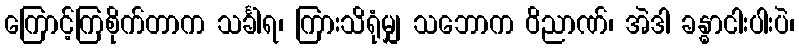
ကြောင့်ကြစိုက်တာက သင်္ခါရ၊ ကြားသိရုံမျှ သဘောက ဝိညာဏ်၊ အဲဒါ ခန္ဓာငါးပါးပဲ၊